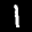
Label: 1